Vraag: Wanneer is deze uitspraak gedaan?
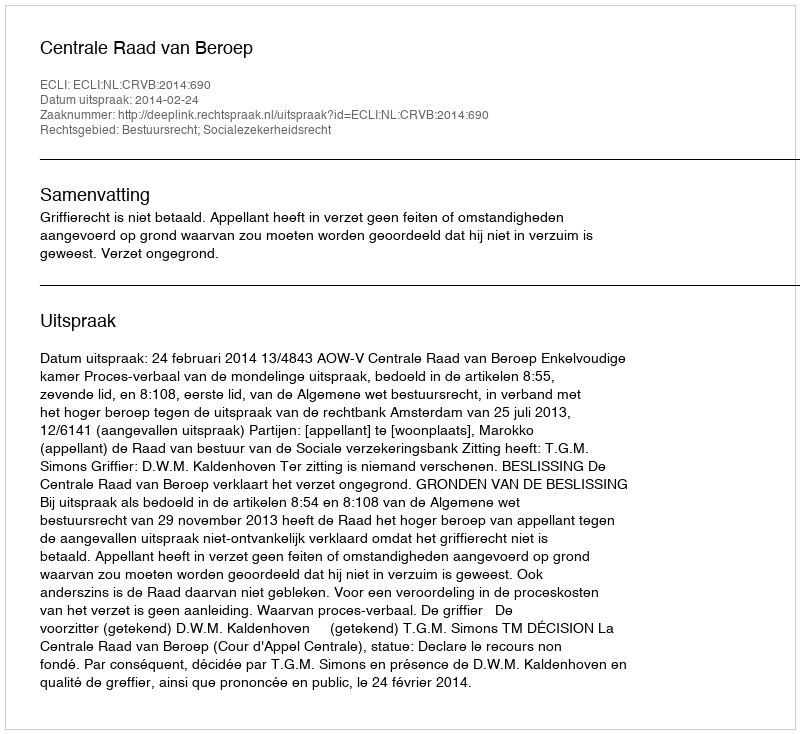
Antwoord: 2014-02-24